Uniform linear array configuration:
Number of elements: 48
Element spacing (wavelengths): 0.25
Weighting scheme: uniform
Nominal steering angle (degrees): -45
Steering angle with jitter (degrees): -45.782
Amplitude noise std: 0.05
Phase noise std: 0.05

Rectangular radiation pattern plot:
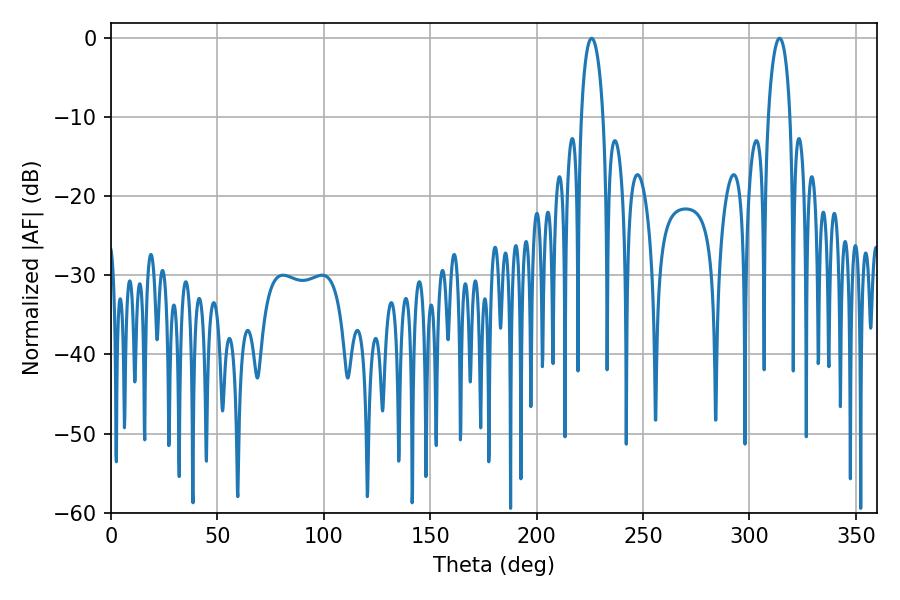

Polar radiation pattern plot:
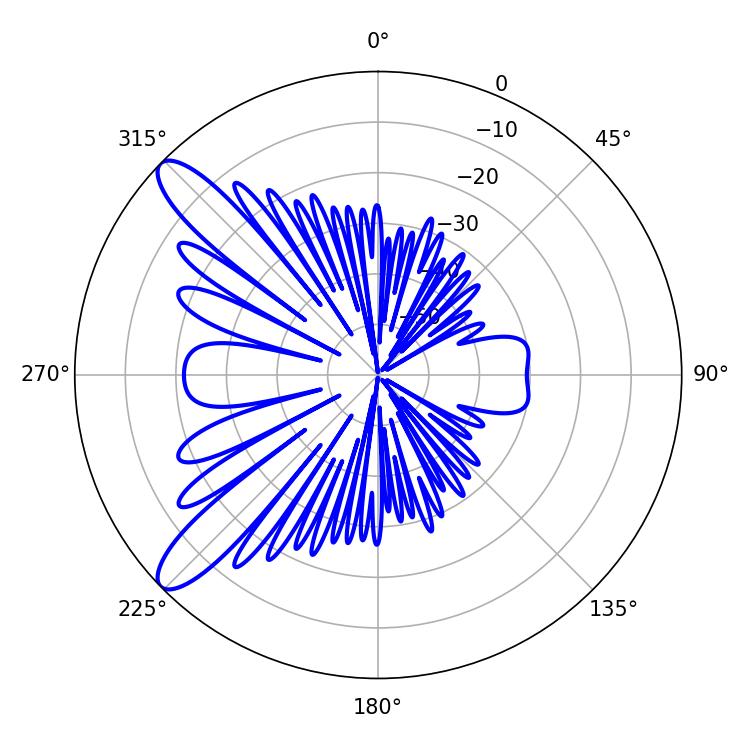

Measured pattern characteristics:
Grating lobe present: FALSE
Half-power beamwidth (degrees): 5.76
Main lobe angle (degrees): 225.9